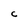
Character: C